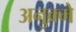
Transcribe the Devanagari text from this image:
अनुक्र्मे